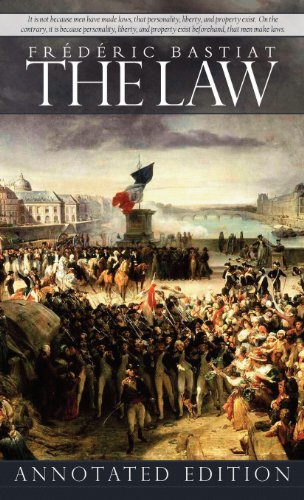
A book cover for The Law; Frederic Bastiat; Law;